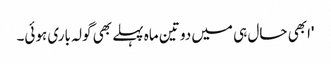
'ابھی حال ہی میں دو تین ماہ پہلے بھی گولہ باری ہوئی۔